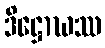
ဒိဋ္ဌောဃဿ